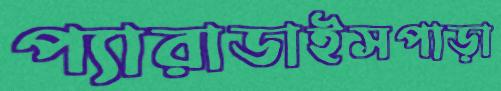
প্যারাডাইসপাড়া